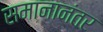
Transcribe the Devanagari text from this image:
समानानंतर